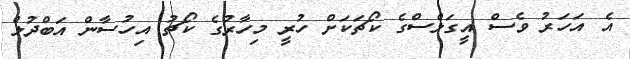
އެ އަހަރު ވެސް އީގަލްސްގެ ކޯޗަކަށް ހުރީ މިހާރުގެ ކޯޗު އިހުސާން އަބްދުލް